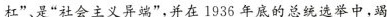
杠”、是“社会主义异端”，并在1936年底的总统选举中，竭